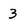
Character: 3